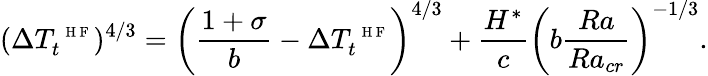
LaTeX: (\Delta T_{t}^{\mathrm{~\scriptsize~H~F~}})^{4/3}=\left(\frac{1+\sigma}{b}-\Delta T_{t}^{\mathrm{~\scriptsize~H~F~}}\right)^{4/3}+\frac{H^{*}}{c}\left(b\frac{Ra}{Ra_{cr}}\right)^{-1/3}.